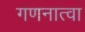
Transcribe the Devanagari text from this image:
गणनात्वा